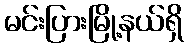
မင်းပြားမြို့နယ်ရှိ